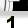
Digit: 1